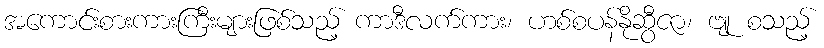
အကောင်းစားကားကြီးများဖြစ်သည့် ကာဒီလက်ကား၊ ဟစ်စပန်နိုဆွီဇာ၊ ဗျု စသည့်